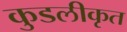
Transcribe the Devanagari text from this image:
कुडलीकृत